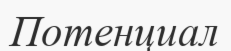
Потенциал